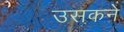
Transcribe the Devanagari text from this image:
उसकने